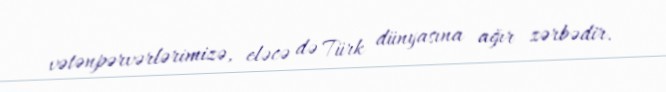
vətənpərvərlərimizə, eləcə də Türk dünyasına ağır zərbədir.